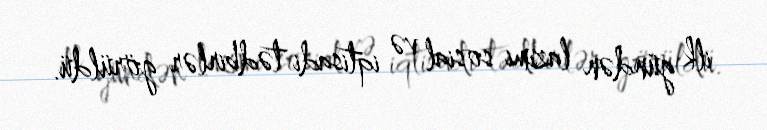
ilk gündən lazımi sosial və iqtisadi tədbirlər görüldü.